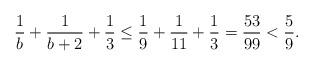
LaTeX: \begin{align*}\frac{1}{b}+ \frac{1}{b+2}+\frac{1}{3} &\leq \frac{1}{9}+ \frac{1}{11}+\frac{1}{3}= \frac{53}{99}< \frac{5}{9}.\end{align*}